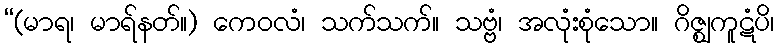
“(မာရ၊ မာရ်နတ်။) ကေဝလံ၊ သက်သက်။ သဗ္ဗံ၊ အလုံးစုံသော။ ဂိဇ္ဈကူဋံပိ၊